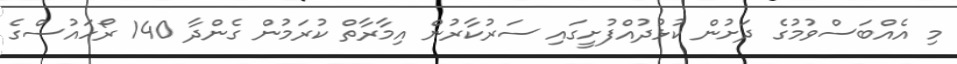
މި އެއްބަސްވުމުގެ ދަށުން ކުޅުދުއްފުށީގައި ސަރުކާރުން އިމާރާތް ކުރަމުން ގެންދާ 140 ރޯހައުސްގެ